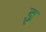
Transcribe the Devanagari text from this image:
इ